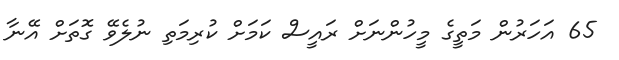
65 އަހަރުން މަތީގެ މީހުންނަށް ރައީސް ކަމަށް ކުރިމަތި ނުލެވޭ ގޮތަށް އޭނާ